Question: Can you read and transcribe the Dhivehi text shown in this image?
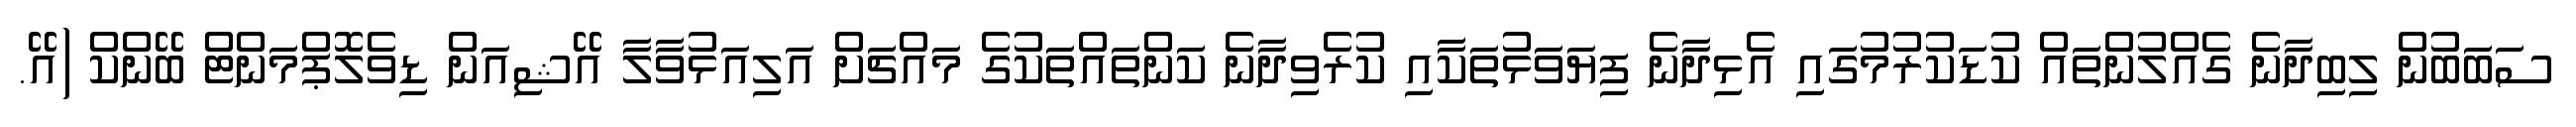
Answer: ސަބަބުން ލިބިދާނެ ގެއްލުންތައް ކުޑަކުރުމުގައި އެޅިދާނެ ފިޔަވަޅުތަކާއި ކުރެވިދާނެ ކަންތައްތަކުގެ މައްޗަށް އަލިއަޅުވާލާ އޭޝިއަން ޑިވެލޮޕްމަންޓް ބޭންކް (އޭ.